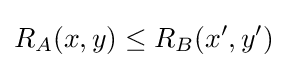
R_{A}(x,y)\leq R_{B}(x',y')